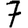
Digit: 7